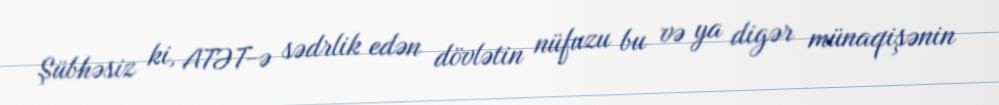
Şübhəsiz ki, ATƏT-ə sədrlik edən dövlətin nüfuzu bu və ya digər münaqişənin